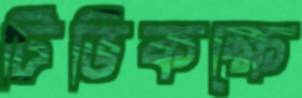
টিভিকক্ষে